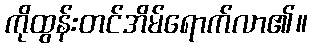
ကိုထွန်းတင်အိမ်ရောက်လာ၏။